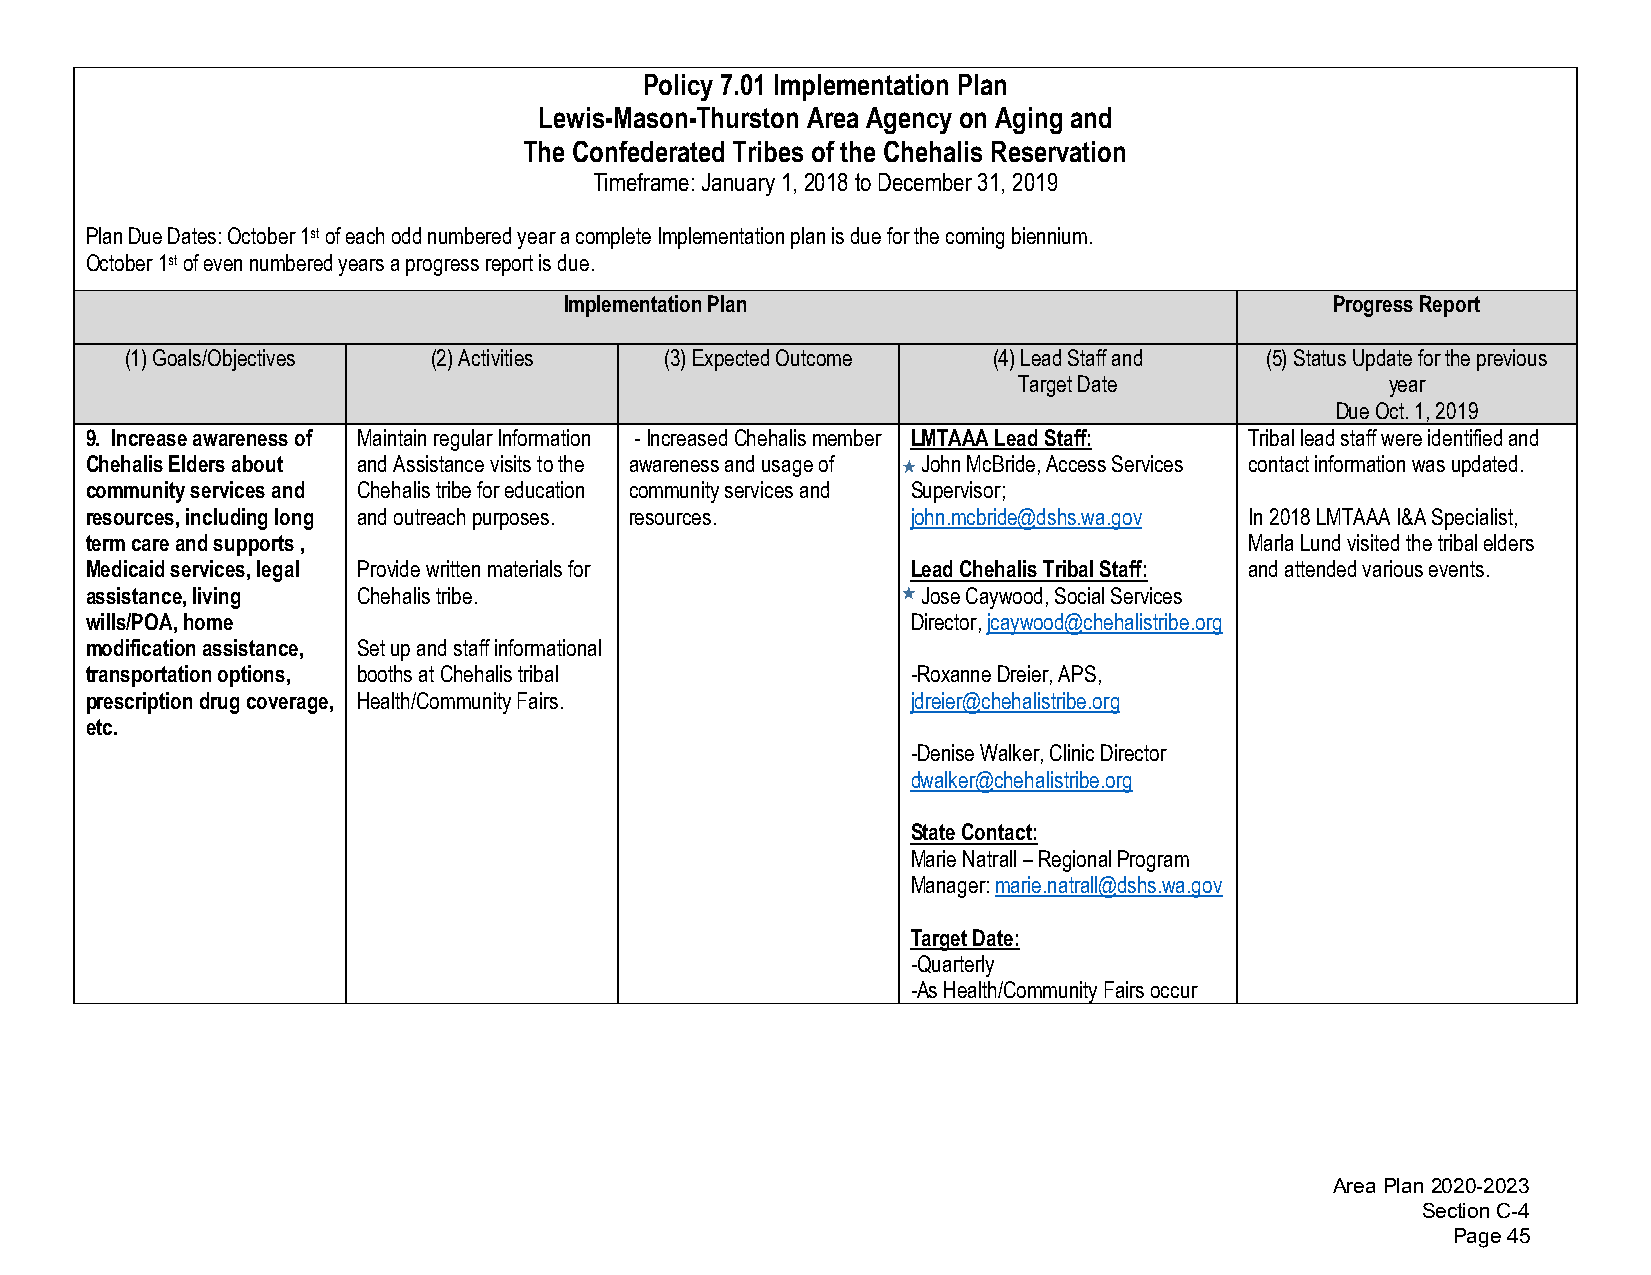
Policy 7.01 Implementation Plan
 Lewis-Mason-Thurston Area Agency on Aging and
 The Confederated Tribes of the Chehalis Reservation
 Timeframe: January 1, 2018 to December 31, 2019
 Plan Due Dates: October 1st of each odd numbered year a complete Implementation plan is due for the coming biennium.
 October 1st of even numbered years a progress report is due.
 Implementation Plan                                Progress Report
 (1)Goals/Objectives  (2)Activities  (3)Expected Outcome   (4)Lead Staff and (5)Status Update for the previous
 Target Date              year
 Due Oct. 1, 2019
 9. Increase awareness of Maintain regular Information -Increased Chehalis member LMTAAA Lead Staff: Tribal lead staff were identified and
 Chehalis Elders about and Assistance visits to the awareness and usage of John McBride, Access Services contact information was updated.
 community services and Chehalis tribe for education community services and Supervisor;
 resources, including long and outreach purposes. resources. john.mcbride@dshs.wa.gov In 2018 LMTAAA I&A Specialist,
 term care and supports ,                                                     Marla Lund visited the tribal elders
 Medicaid services, legal Provide written materials for Lead Chehalis Tribal Staff: and attended various events.
 assistance, living Chehalis tribe.                     Jose Caywood, Social Services
 wills/POA, home                                       Director, jcaywood@chehalistribe.org
 modification assistance, Set up and staff informational
 transportation options, booths at Chehalis tribal     -Roxanne Dreier, APS,
 prescription drug coverage, Health/Community Fairs.   jdreier@chehalistribe.org
 etc.
 -Denise Walker, Clinic Director
 dwalker@chehalistribe.org
 State Contact:
 Marie Natrall – Regional Program
 Manager: marie.natrall@dshs.wa.gov
 Target Date:
 -Quarterly
 -As Health/Community Fairs occur
 Area Plan 2020-2023
 Section C-4
 Page 45